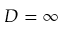
D = \infty